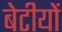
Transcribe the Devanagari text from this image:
बेटीयों